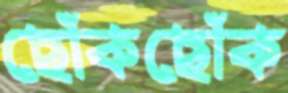
ছোঁকছোঁক